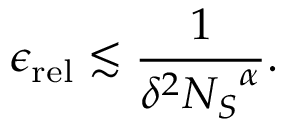
\epsilon _ { \mathrm { r e l } } \lesssim \frac { 1 } { \delta ^ { 2 } { N _ { S } } ^ { \alpha } } .